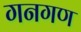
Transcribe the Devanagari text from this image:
गनगण